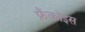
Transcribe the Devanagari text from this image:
फ़्रैंकोइस